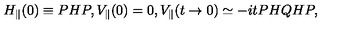
H _ { \parallel } ( 0 ) \equiv P H P , V _ { \parallel } ( 0 ) = 0 , V _ { \parallel } ( t \rightarrow 0 ) \simeq - i t P H Q H P ,